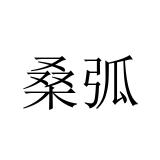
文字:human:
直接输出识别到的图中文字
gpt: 桑弧